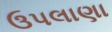
ઉપલાણા